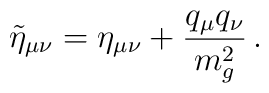
\tilde\eta_{\mu\nu}=\eta_{\mu\nu}+\frac{q_\mu q_\nu}{m_g^2}\,.